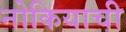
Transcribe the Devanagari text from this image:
नोकियाची